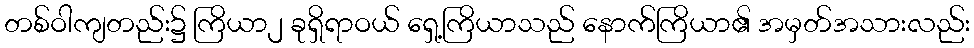
တစ်ဝါကျတည်း၌ ကြိယာ၂ ခုရှိရာဝယ် ရှေ့ကြိယာသည် နောက်ကြိယာ၏ အမှတ်အသားလည်း